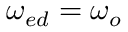
\omega _ { e d } = \omega _ { o }